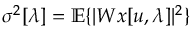
\sigma ^ { 2 } [ \lambda ] = { \mathbb E } \{ | W x [ u , \lambda ] | ^ { 2 } \}